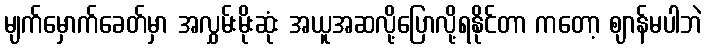
မျက်မှောက်ခေတ်မှာ အလွှမ်းမိုးဆုံး အယူအဆလို့ပြောလို့ရနိုင်တာ ကတော့ ဈာန်မပါဘဲ